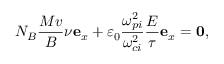
N _ { B } \frac { M v } { B } \nu \mathbf { e } _ { x } + \varepsilon _ { 0 } \frac { \omega _ { p i } ^ { 2 } } { \omega _ { c i } ^ { 2 } } \frac { E } { \tau } \mathbf { e } _ { x } = \mathbf { 0 } ,